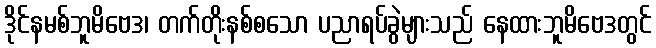
ဒိုင်နမစ်ဘူမိဗေဒ၊ တက်တိုးနစ်စသော ပညာရပ်ခွဲများသည် နေထားဘူမိဗေဒတွင်